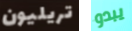
تريليون يبدو